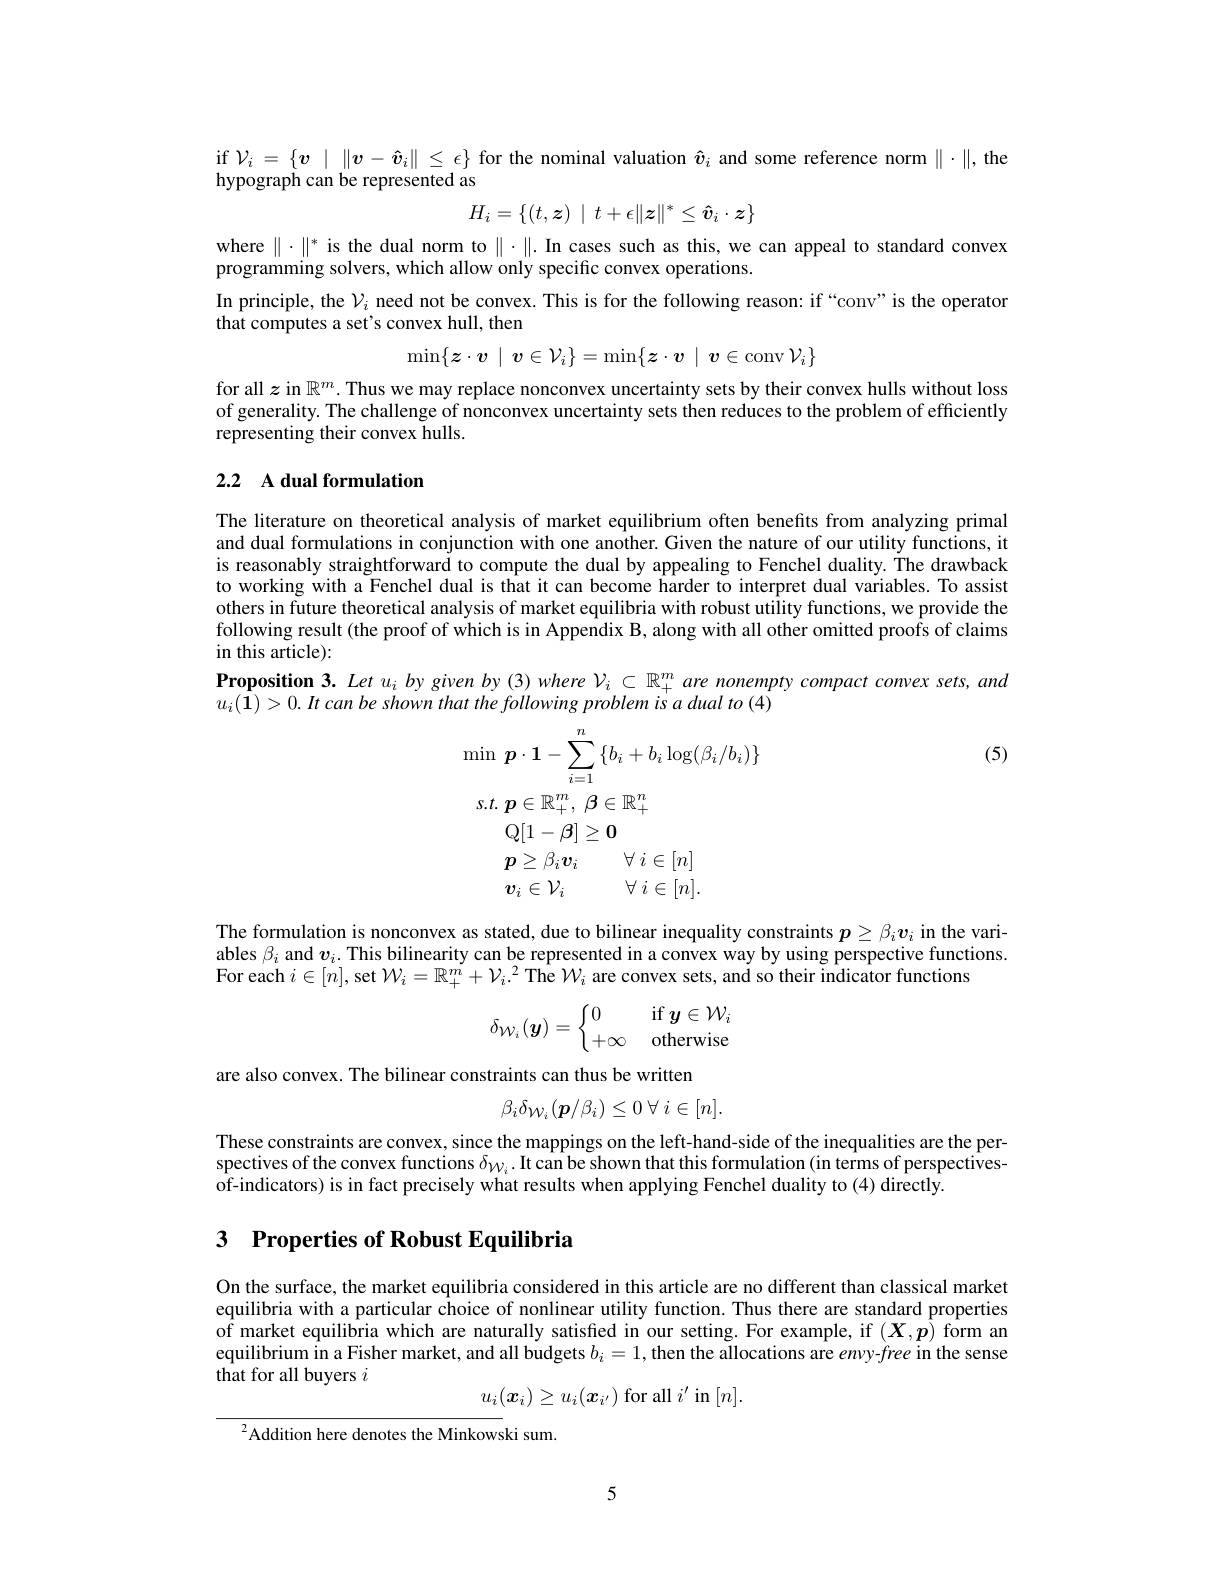
if $\mathcal{V}_i=\{\boldsymbol{v}\mid\|\boldsymbol{v}-\hat{\boldsymbol{v}}_i\|\leq\epsilon\}$ for the nominal valuation $\hat{v}_i$ and some reference norm $\|\cdot\|$,the
hypograph can be represented as
$$H_i=\{(t,\boldsymbol{z})\:|\:t+\epsilon\|\boldsymbol{z}\|^*\leq\boldsymbol{\hat{v}}_i\cdot\boldsymbol{z}\}$$
where $\|\cdot\|^*$ is the dual norm to $\|\cdot\|.$ In cases such as this, we can appeal to standard convex
programming solvers, which allow only specific convex operations.
In principle, the $\mathcal{V}_i$ need not be convex. This is for the following reason: if “conv”is the operaton
that computes a set's convex hull, then
$$\min\{\boldsymbol{z}\cdot\boldsymbol{v}\mid\boldsymbol{v}\in\mathcal{V}_{i}\}=\min\{\boldsymbol{z}\cdot\boldsymbol{v}\mid\boldsymbol{v}\in\mathrm{conv}\:\mathcal{V}_{i}\}$$
for all $z$ in $\mathbb{R}^m.$ Thus we may replace nonconvex uncertainty sets by their convex hulls without loss of generality. The challenge of nonconvex uncertainty sets then reduces to the problem of efficiently representing their convex hulls.

## 2.2 A dual formulation

The literature on theoretical analysis of market equilibrium often benefits from analyzing primal and dual formulations in conjunction with one another. Given the nature of our utility functions, it is reasonably straightforward to compute the dual by appealing to Fenchel duality. The drawback to working with a Fenchel dual is that it can become harder to interpret dual variables. To assist others in future theoretical analysis of market equilibria with robust utility functions, we provide the following result (the proof of which is in Appendix B, along with all other omitted proofs of claims in this article):
Proposition 3. Let $u_i$ by given by (3) where $\mathcal{V}_i\subset\mathbb{R}_+^m$ are nonempty compact comvex sets, and
$u_{i}( \mathbf{1} ) > 0. \textit{It can be shown that the following problem is a dual to ( 4) }$

(5)
$$\begin{aligned}&\operatorname*{min}\:\boldsymbol{p}\cdot\boldsymbol{1}-\sum_{i=1}^{n}\left\{b_{i}+b_{i}\log(\beta_{i}/b_{i})\right\}\\&s.t.\:\boldsymbol{p}\in\mathbb{R}_{+}^{m},\:\boldsymbol{\beta}\in\mathbb{R}_{+}^{n}\\&\mathrm{Q}[1-\boldsymbol{\beta}]\geq0\\&\boldsymbol{p}\geq\beta_{i}\boldsymbol{v}_{i}\quad\forall\:i\in[n]\\&\boldsymbol{v}_{i}\in\mathcal{V}_{i}\quad\forall\:i\in[n].\end{aligned}$$
The formulation is nonconvex as stated, due to bilinear inequality constraints $p\geq\beta_iv_i$ in the variables $\beta_i$ and $v_i.$ This bilinearity can be represented in a convex way by using perspective functions. For each $i\in[n]$,set $\mathcal W_i=\mathbb{R}_+^m+\mathcal{V}_i.^2$ The $\mathcal W_i$ are convex sets, and so their indicator functions
$$\delta_{\mathcal W_i}(\boldsymbol{y})=\left\{\begin{matrix}0&\text{if}\:\boldsymbol{y}\in\mathcal W_i\\+\infty&\text{otherwise}\end{matrix}\right.$$
are also convex. The bilinear constraints can thus be written
$$\beta_{i}\delta_{\mathcal W_{i}}(\boldsymbol{p}/\beta_{i})\leq0\:\forall\:i\in[n].$$
These constraints are convex, since the mappings on the left-hand-side of the inequalities are the perspectives of the convex functions $\delta_{\mathcal{W}_i}.$ It can be shown that this formulation (in terms of perspectivesof-indicators) is in fact precisely what results when applying Fenchel duality to (4) directly.

# 3 Properties of Robust Equilibria

On the surface, the market equilibria considered in this article are no different than classical market equilibria with a particular choice of nonlinear utility function. Thus there are standard properties $\hat{\text{of market equilibria which are naturally satisfed in our setting.For example, if }(\boldsymbol{X},\boldsymbol{p})}$ form an equilibrium in a Fisher market, and all budgets $b_i=1$, then the allocations are envy-free in the sense that for all buyers $i$

$u_{i}(\boldsymbol{x}_{i})\geq u_{i}(\boldsymbol{x}_{i^{\prime}})$ for all $i^\prime$ in $[n].$

$^{2}$Addition here denotes the Minkowski sum.

5